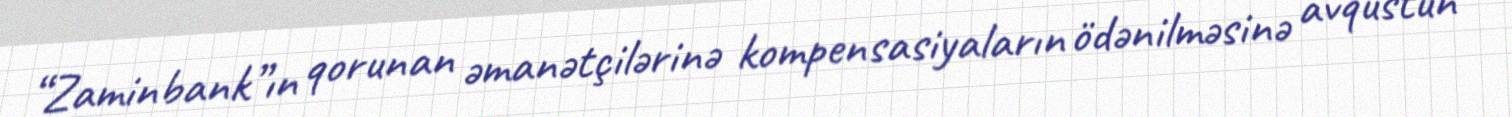
“Zaminbank”ın qorunan əmanətçilərinə kompensasiyaların ödənilməsinə avqustun